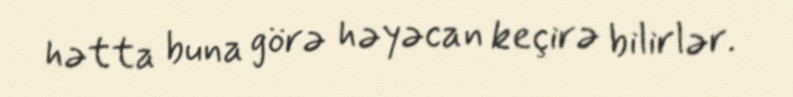
hətta buna görə həyəcan keçirə bilirlər.